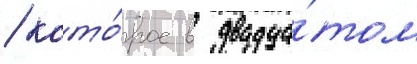
/ кото́рое в двадца́том